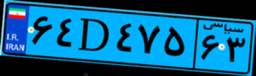
۰۰D۸۴۸۸۸